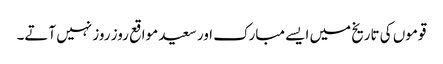
قوموں کی تاریخ میں ایسے مبارک اور سعید مواقع روز روز نہیں آتے۔